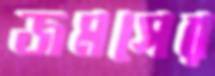
জমসের